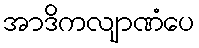
အာဒိကလျာဏံပေ